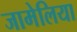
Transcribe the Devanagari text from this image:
जामेलिया